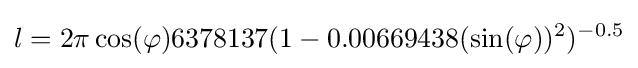
l=2\pi \cos(\varphi )6378137(1-0.00669438(\sin(\varphi ))^{2})^{-0.5}